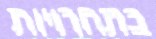
בתחרויות